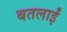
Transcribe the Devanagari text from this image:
बतलाईं